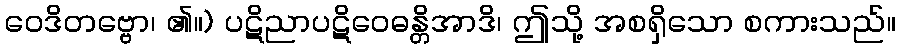
ဝေဒိတဗ္ဗော၊ ၏။) ပဋိညာပဋိဝေဓန္တိအာဒိ၊ ဤသို့ အစရှိသော စကားသည်။